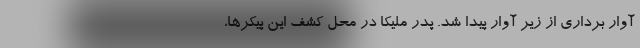
آوار برداری از زیر آوار پیدا شد. پدر ملیکا در محل کشف این پیکرها،